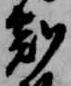
剋